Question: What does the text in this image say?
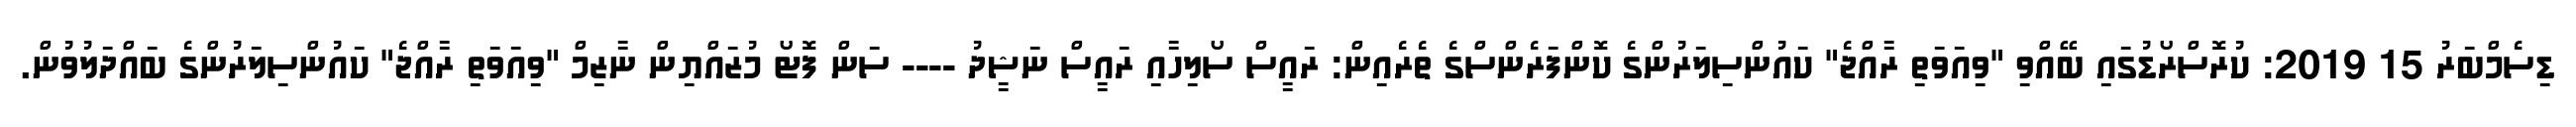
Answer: ޑިސެމްބަރު 15 2019: ކުރޮސްރޯޑުގައި ބޭއްވި "ވިއަވަތި ރާއްޖެ" ކައުންސިލަރުންގެ ކޮންފަރެންސްގެ ތެރެއިން: ރައީސް ސޯލިހާއި ރައީސް ނަޝީދު ---- ސަން ފޮޓޯ މުޒައްޔިން ނާޒިމް "ވިއަވަތި ރާއްޖެ" ކައުންސިލަރުންގެ ބައްދަލުވުން.